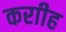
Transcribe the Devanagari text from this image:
कराीह